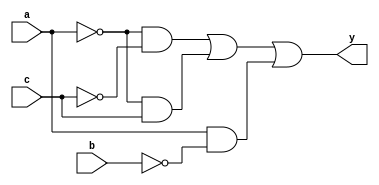
module boolean(y, a, b, c);
    input a, b, c;
    output y;
    not n1(a1, a);
    not n2(b1, b);
    not n3(c1, c);
    and ag1(o1, a1, c1);
    and ag2(o2, a1, c);
    and ag3(o3, a, b1);
    or og1(y, o1, o2, o3);
endmodule

module testbench;
    reg a, b, c;
    wire y;
    boolean bo(y, a, b, c);
    initial begin
        $dumpfile("dump.vcd");
        $dumpvars(0, testbench);
        a=0;b=0;c=0;
        #5
        a=0;b=0;c=1;
        #5
        a=0;b=1;c=0;
        #5
        a=0;b=1;c=1;
        #5
        a=1;b=0;c=0;
        #5
        a=1;b=0;c=1;
        #5
        a=1;b=1;c=0;
        #5
        a=1;b=1;c=1;
        #5
        $finish;
    end
endmodule